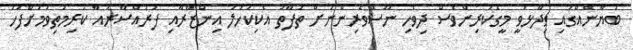
ބަޔާނެއްގައި ވިދާޅުވީ މީގެކުރިންވެސް ދިވެހި ނޫސްވެރިންނަށް ތަފާތު އެކިކަހަލަ އިންޒާރާއި ފުރައްސާރައާ ކުރިމަތިވުމަށްފަހު